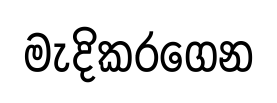
මැදිකරගෙන